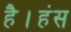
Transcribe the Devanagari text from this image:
है।हंस